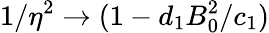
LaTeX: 1/\eta^{2}\rightarrow(1-d_{1}B_{0}^{2}/c_{1})